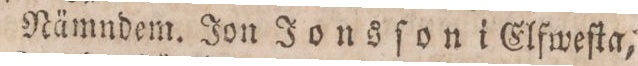
WeſterNerike: Nämndem. Ion Ionsſom i Elfweſta,